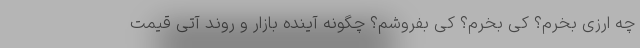
چه ارزی بخرم؟ کی بخرم؟ کی بفروشم؟ چگونه آینده بازار و روند آتی قیمت